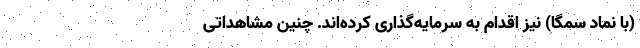
(با نماد سمگا) نیز اقدام به سرمایه‌گذاری کرده‌اند. چنین مشاهداتی